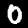
Digit: 0